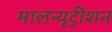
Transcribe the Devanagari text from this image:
मालन्यूट्रीशन